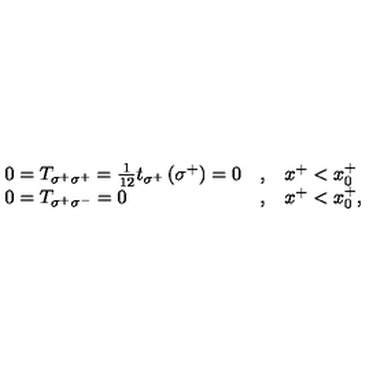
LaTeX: \begin{array} { l l l } { 0 = T _ { \sigma ^ { + } \sigma ^ { + } } = { \frac { 1 } { 1 2 } } t _ { \sigma ^ { + } } \left( \sigma ^ { + } \right) = 0 } & { , } & { x ^ { + } < x _ { 0 } ^ { + } } \\ { 0 = T _ { \sigma ^ { + } \sigma ^ { - } } = 0 } & { , } & { x ^ { + } < x _ { 0 } ^ { + } , } \\ \end{array}